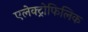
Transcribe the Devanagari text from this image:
एलेक्ट्रोफिलिक